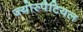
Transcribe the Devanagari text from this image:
ज्योस्पैटियल